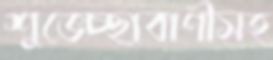
শুভেচ্ছাবাণীসহ